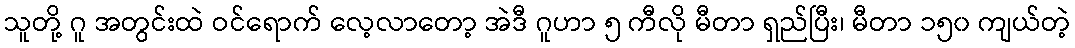
သူတို့ ဂူ အတွင်းထဲ ဝင်ရောက် လေ့လာတော့ အဲဒီ ဂူဟာ ၅ ကီလို မီတာ ရှည်ပြီး၊ မီတာ ၁၅၀ ကျယ်တဲ့